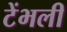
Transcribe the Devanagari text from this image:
टेंभली